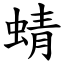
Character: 蜻